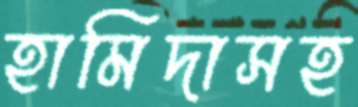
হামিদাসহ